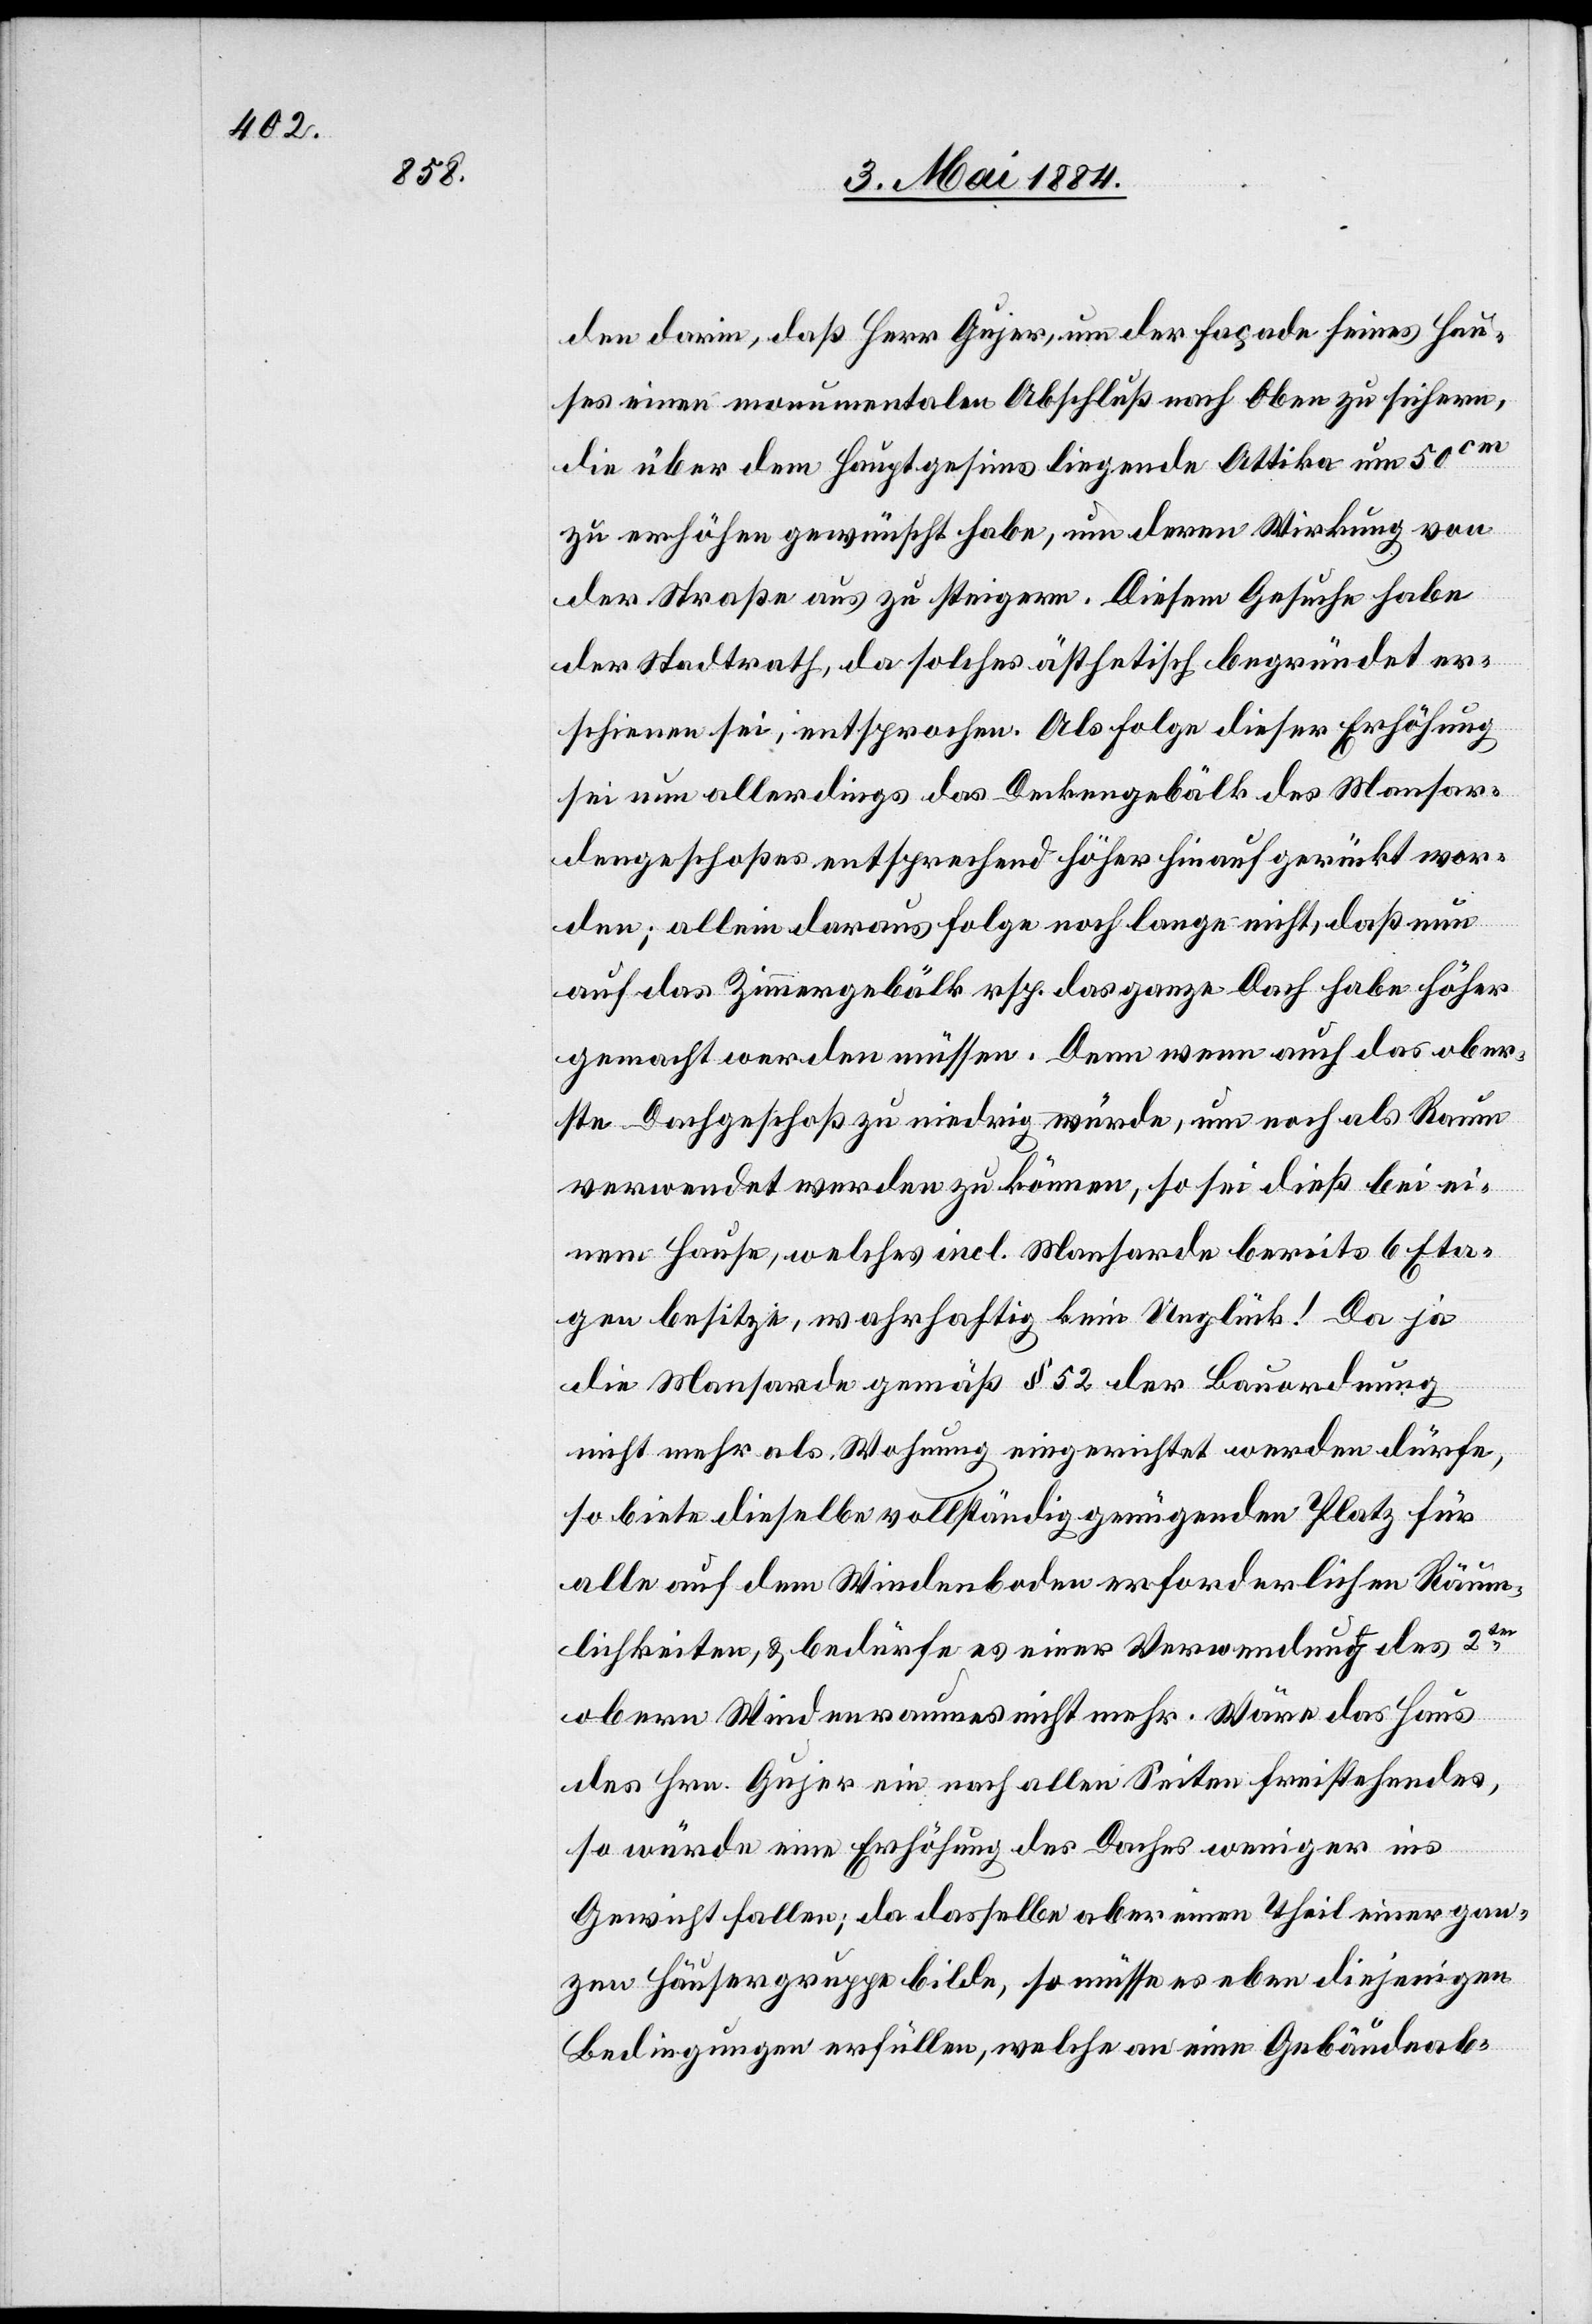
den darin, daß Herr Gujer, um der Façade seines Hau¬
ses einen monumentalen Abschluß nach Oben zu sichern,
die über dem Hauptgesims liegende Attika um 50cm
zu erhöhen gewünscht habe, um deren Wirkung von
der Straße aus zu steigern. Diesem Gesuche habe
der Stadtrath, da solches ästhetisch begründet er¬
schienen sei, entsprochen. Als Folge dieser Erhöhung
sei nun allerdings das Deckengebälk des Mansar¬
dengeschoßes entsprechen höher hinauf gerückt wor¬
den; allein daraus folge noch lange nicht, daß nun
auch] das Zimmergebälk resp. das ganze Dach habe höher
gemacht werden müssen. Denn wenn auch das ober¬
ste Dachgeschoß zu niedrig würde, um noch als Raum
verwendet werden zu können, so sei dieß bei ei¬
nem Hause, welches incl. Mansarde bereits 6 Eta¬
gen besitze, wahrhaftig kein Unglück! Da ja
die Mansarde gemäß § 52 der Bauordnung
nicht mehr als Wohnung eingerichtet werden dürfe,
so biete dieselbe vollständig genügend Platz für
alle auf dem Windenboden erforderlichen Räum¬
lichkeiten, & bedürfe es einer Verwendung des 2ten
obern Windenraumes nicht mehr. Wäre das Haus
des Hrn. Gujer ein nach allen Seiten freistehendes,
so würde eine Erhöhung des Daches weniger ins
Gewicht fallen; da dasselbe aber einen Theil einer gan¬
zen Häusergruppe bilde, so müsse es eben diejenigen
Bedingungen erfüllen, welche an eine Gebäudeab-